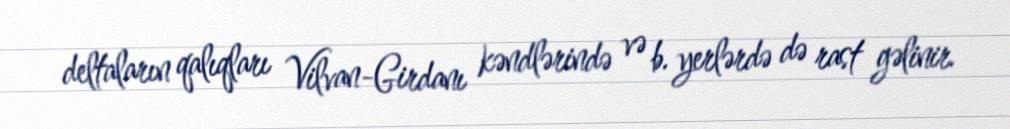
deltaların qalıqları Vilvan-Girdanı kəndlərində və b. yerlərdə də rast gəlinir.